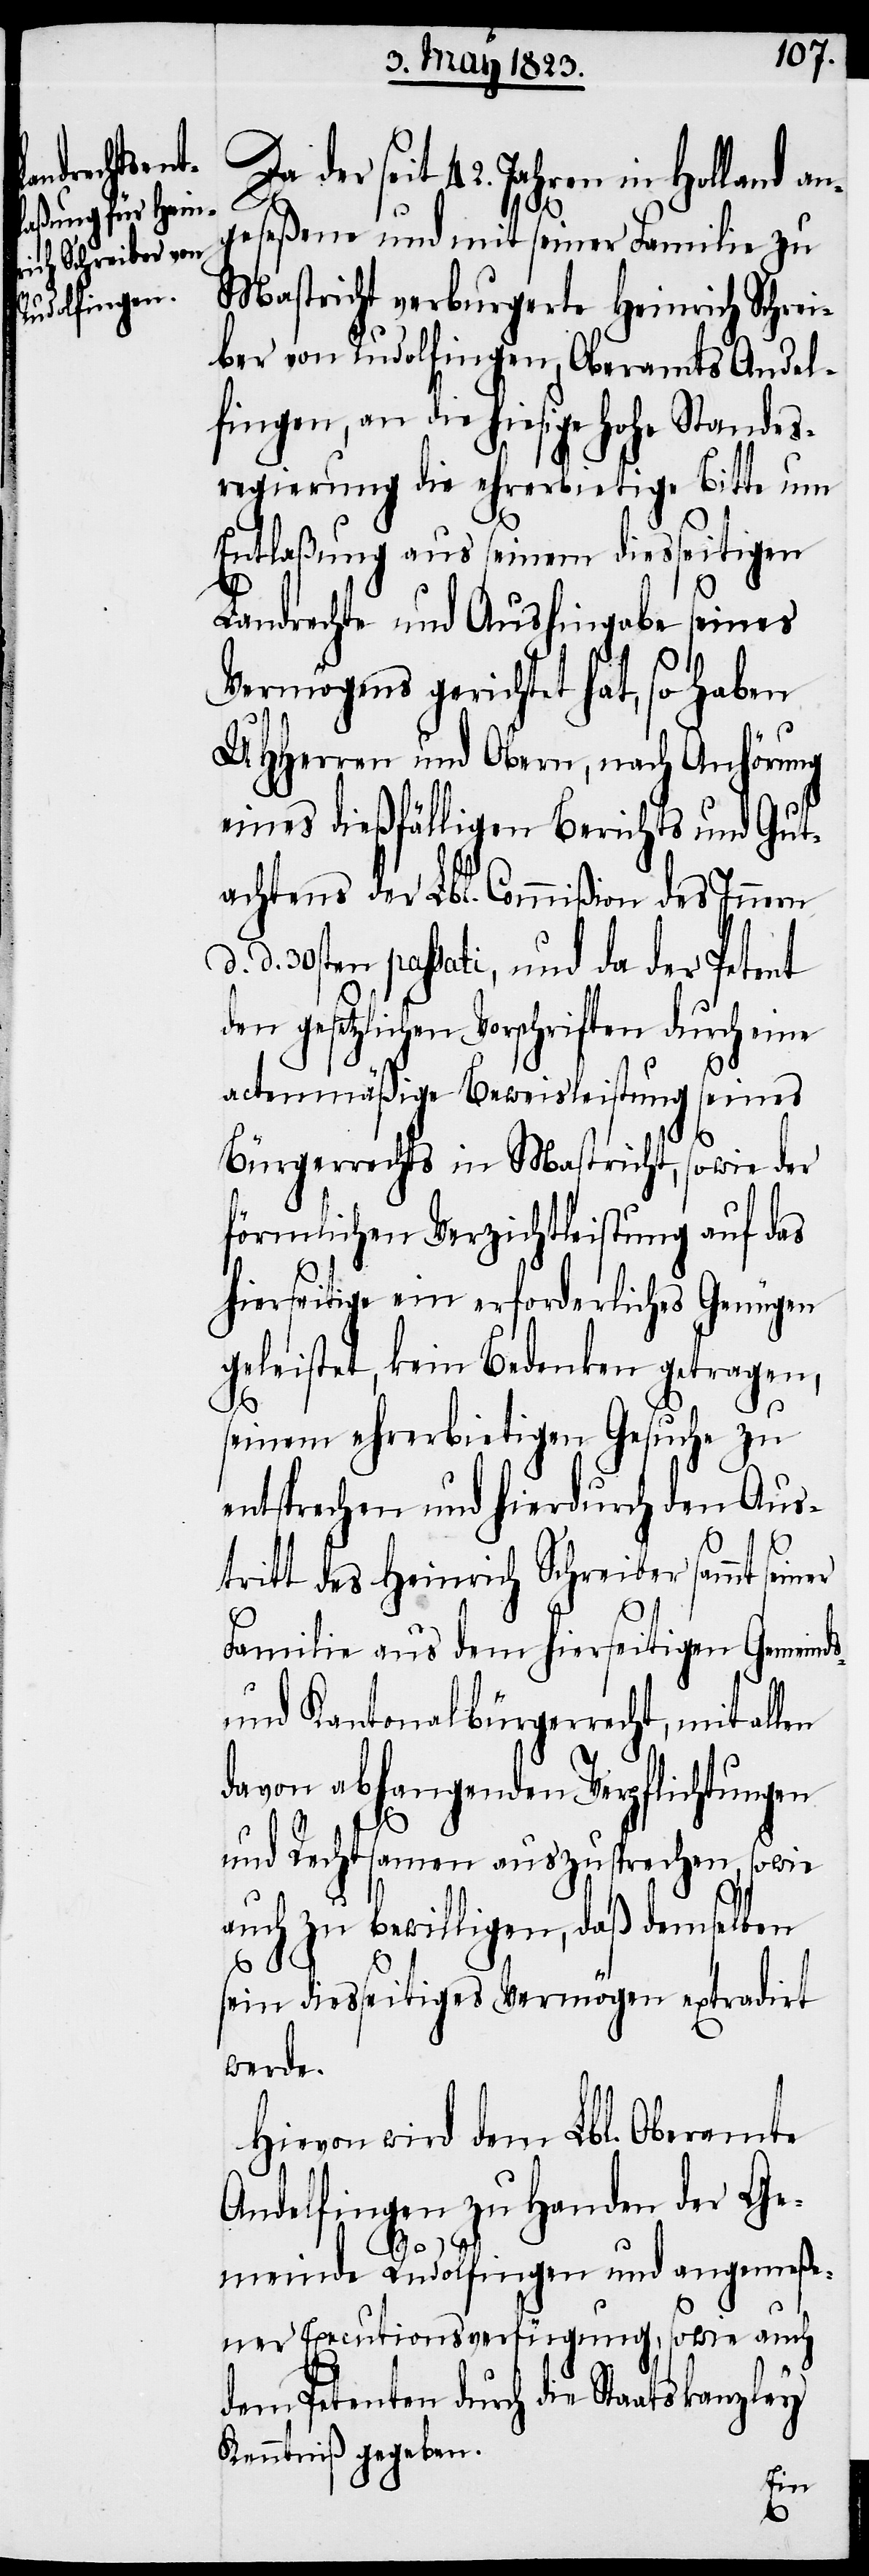
Da der seit 42. Jahren in Holland an¬
geseßene und mit seiner Familie zu
Mastricht verburgerte Heinrich Schrei¬
ber von Rudolfingen, Oberamts Andel¬
fingen, an die hiesige hohe Standes¬
regierung die ehrerbietige Bitte um
Entlaßung aus seinem diesseitigen
Landrechte und Aushingabe seines
Vermögens gerichtet hat, so haben
UHHerren und Obern, nach Anhörung
eines dießfälligen Berichts und Gut¬
achtens der Lbl. Commißion des Innern
d. 30sten passati, und da der Petent
den gesetzlichen Vorschriften durch eine
actenmäßige Beweisleistung seines
Bürgerrechts in Mastricht, sowie der
förmlichen Verzichtleistung auf das
hierseitige ein erforderliches Genügen
geleistet, kein Bedenken getragen,
d.
seinem ehrerbietigen Gesuche zu
entsprechen und hierdurch den Aus¬
tritt des Heinrich Schreiber sammt seiner
Familie aus dem hierseitigen Gemein¬
und Kantonalbürgerrecht, mit allen
davon abhangenden Verpflichtungen
und Rechtsamen auszusprechen, sowie
auch zu bewilligen, daß demselben
ds-
sein diesseitiges Vermögen extradirt
werde.
Hievon wird dem Lbl. Oberamte
Andelfingen zu Handen der Ge¬
meinde Rudolfingen und angemeße¬
ner Executionsverfügung, sowie auch
dem Petenten durch die Staatskanzley
Kenntniß gegeben.